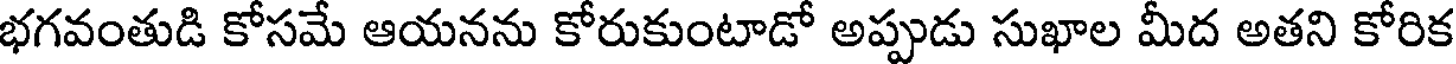
భగవంతుడి కోసమే ఆయనను కోరుకుంటాడో అప్పుడు సుఖాల మీద అతని కోరిక